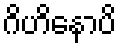
ဂိဟိနောပိ